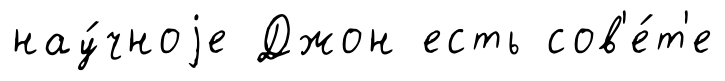
нау́чноjе Джон есть сов'е́т'е